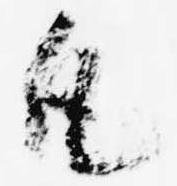
凡